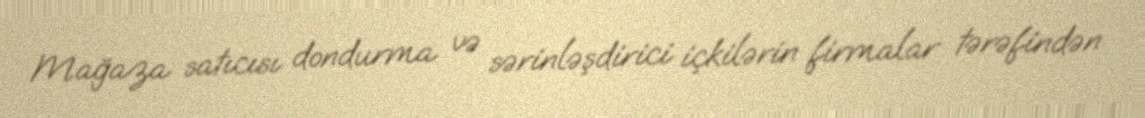
Mağaza satıcısı dondurma və sərinləşdirici içkilərin firmalar tərəfindən